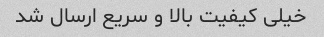
خیلی کیفیت بالا و سریع ارسال شد